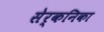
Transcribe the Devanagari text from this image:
सेर्कनिका